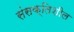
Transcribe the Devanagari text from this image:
संसक्तिशील